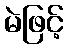
မဲဖြင့်